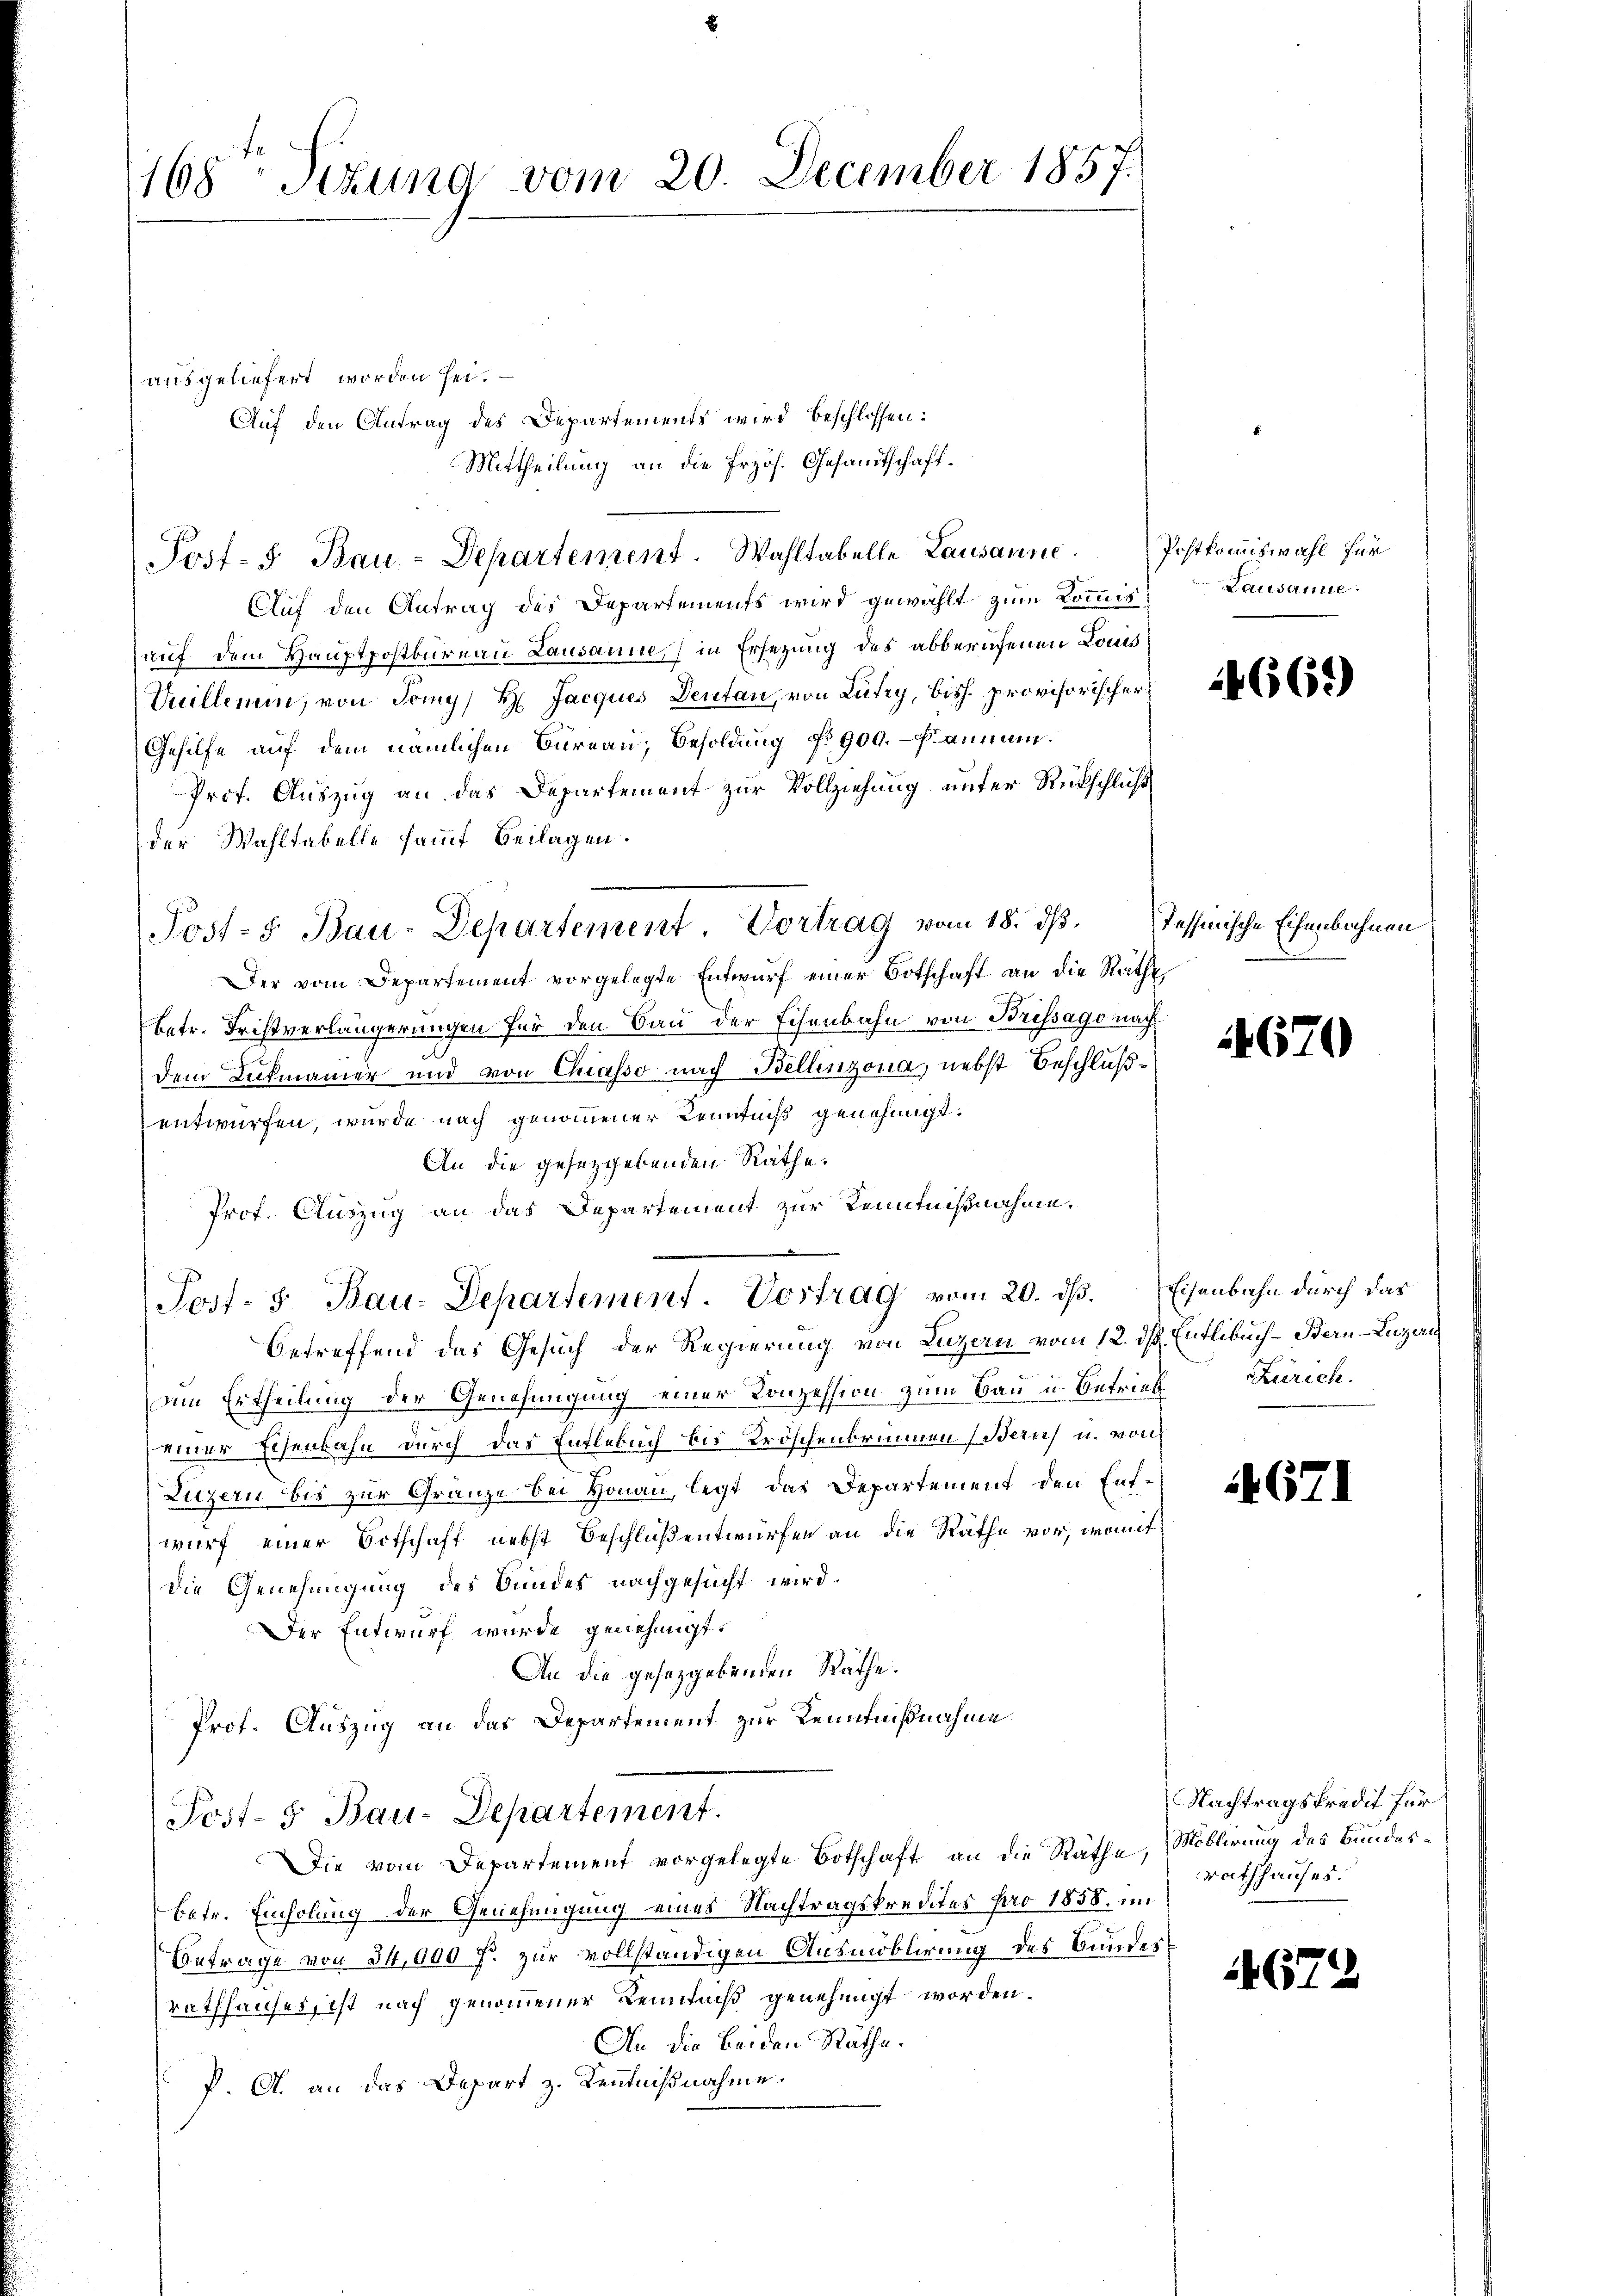
168 Sizung vom 20. December 1857.

ausgeliefert worden sei.
Auf den Antrag des Departements wird beschlossen:
Mittheilung an die Erzös. Gesandtschaft¬
Post- u Bau-Departement. Wahltabelle Lausanne Postkomiswahl für
Auf den Antrag des Departements wird gewählt zum Kommisauf dem Hauptpostkureau Lausanne, in Ersezung des abberufenen Louis
Vuillemin, von Tomy) Hr. Jacques Deutan, von Lutry, bish. provisorischer
Gehilfe auf dem nämlichen Bureau, Besoldung No 900. annen.
Prot. Auszug an das Departement zur Vollziehung unter Rückschluß
der Wahltabelle samt Beilagen.
Der vom Departement vorgelegte Entwurf einer Botschaft an die Räthe
betr. Fristverlängerungen für den Bau der Schenbahn von Brissago nach
dem Rückmanier und von Chiasso nach Bellinzona, nebst Beschlußentwürfen, wurde nach genommener Kenntniß genehmigt.
An die gesetzgebenden Räthe.
Prof. Auszug an das Departement zur Kenntnißnahme,
Post- 3. Bau-Departement. Vortrag vom 20. ds. Eisenbahn durch das
betreffend das Gesuch der Regierung von Luzern vom 12. ds. Entlebuch - Bern Luzern
eim Ertheilung der Genehmigung einer Konzession zum Bau u. Betrief Zürich.
einer Eisenbahn durch das Entlebuch bis Kröschenbrunnen Zürich u. von
Litzern bis zur Gränze bei Honau, legt das Departement den Entwurf einer Ortschaft nebst Beschluß entwürfen an die Räthe vor, womit
Die Genehmigung des Bundes nachgesucht wird.
Der Entwurf wurde genehmigt.
An die gesetzgebenden Räthe.
Prof. Auszug an das Departement zur Kenntnißnahme
Post- 5. Bau-Departement.
Die vom Departement vorgelegte Botschaft an die Räthe, Moblirung des Bundesbetr. Einholung der Genehmigung eines Nachtragskredites pro 1858. im
Betrage von 34,000 f. zur vollständigen Ausmöblirung des Bundes
rathhauses, ist nach genommener Kenntniß genehmigt worden.
An die beiden Räthe.
P. A. an das Depart z. Kenntnißnahme.

Post-S. Bau-Departement Vortrag vom 18. ds.

Lausanne

4662)

Tessinische Eisenbahnen

670

671

Nachtragskredit für
Rathhauses.

672